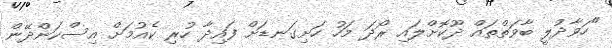
"ހަވާދުލީ ބާވަތްތައް ދޫކޮށްލައި ރޯދަ މަހު ހަށިގަނޑަށް ފައިދާ ހުރި ކެއުމަށް އިސްކަންދޭން